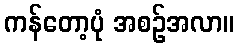
ကန်တော့ပုံ အစဉ်အလာ။